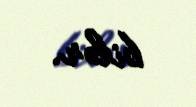
bilər.